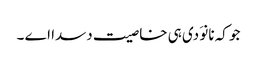
جو کہ نانوَ دی ہی خاصیت دسدا اے ۔